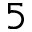
5